Vital statistics of India. Vol. IV, Annual returns from 1871 to 1876. British Army of India, Native Army and jails of Bengal
Year: 1871
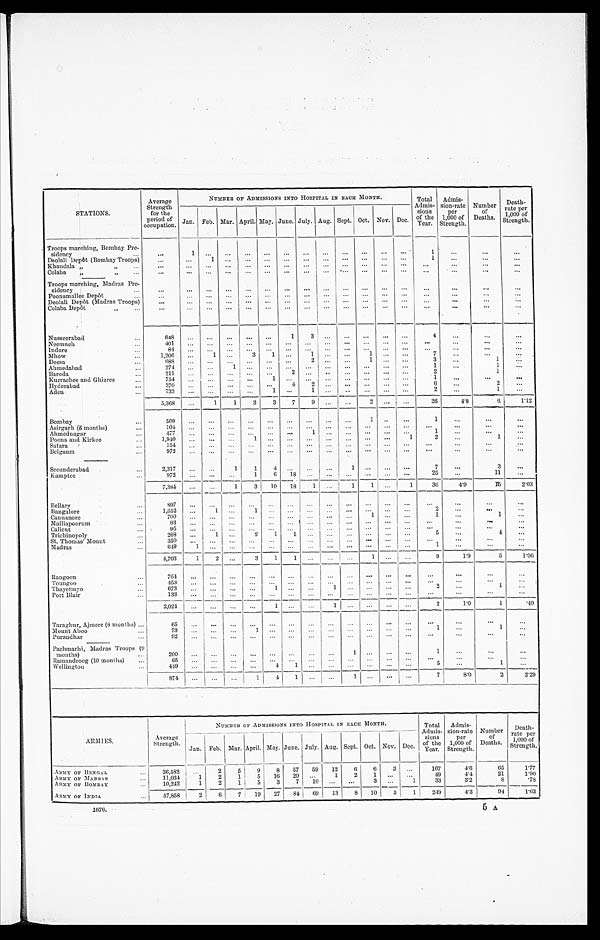
STATIONS.
Average
Strength
for the
period of
occupation.
NUMBER OF ADMISSIONS INTO HOSPITAL IN EACH MONTH.
Total
Admis-
sions
of the Y e a r .
Admis-
sion-rate
per
1 000 of
Strength.
Number
of
Deaths.
Death-rate per
1,000 of
Strength.
Jan. Feb. Mar. April. May. June. July. Aug. Sept. Oct. Nov. Dec.
Troops marching, Bombay Pre-
...
1
. . .
. . .
. . .
. . .
. . .
. . .
. . .
...
...
...
. . .
1
...
. . .
. . .
sidency
. . .
Deolali Depôt (Bombay Troops)
. . .
...
1
. . .
. . .
. . .
. . .
. . .
. . . ...
. . .
. . .
. . .
1
. . .
. . .
. . .
Khandala „
, , . . .
. . .
. . .
. . . . . .
. . .
. . .
. . .
. . .
. . .
. . .
. . .
. . .
. . .
. . .
. . .
. . .
. . .
Colaba ,, „
. . .
...
...
... ...
...
...
...
...
...
...
...
. . .
. . .
. . .
. . .
. . .
. . .
Troops marching, Madras Pre-
...
. . .
. . .
. . .
. . .
. . .
...
...
...
...
...
...
...
. . .
. . .
...
...
sidency
. . .
Poonamallee Depôt
...
...
...
. . .
. . .
. . .
. . . ...
...
...
...
...
...
...
. . .
. . .
...
. . .
Deolali Depôt (Madras Troops)
...
...
...
...
...
. . . . . .
. . .
. . . ...
. . . ...
...
. . .
. . .
. . .
. . .
Colaba Depôt
,,
...
. . .
. . .
. . .
...
..
...
...
...
...
...
...
. . .
...
. . .
. . .
. . .
...
Nusseerabad
. . .
648
. . .
. . .
. . .
. . .
. . .
1
3
. . .
. . .
. . .
. . .
. . .
4
...
...
. . .
Neemuch
. . .
401
. . .
. . .
. . .
. . .
. . .
. . .
. . .
. . .
. . .
. . .
. . .
. . . ...
. . .
. . .
. . .
Indore
. . .
84
...
. . .
. . .
. . .
. . . ...
...
...
...
. . .
. . .
. . .
. . .
. . .
. . .
. . .
Mhow
...
1,206
...
1 ...
3
1
. . .
1
. . . . . . ...
1
. . .
. . .
7
...
. . .
. . .
Deesa
. . .
688
. . . ...
...
...
. . .
. . .
2
. . .
. . .
1 ...
...
3
. . .
1
. . .
Ahmedabad
. . .
2 7 4
. . .
. . .
1
. . .
. . .
. . . ...
...
...
...
...
...
1
...
1
. . .
Baroda
...
211
. . .
. . . ...
...
...
2 ...
..
...
...
...
. . .
2
. . .
. . . 1
. . .
Kurrachee and Ghizree
...
754
. . . ...
...
. . .
1
. . .
. . .
. . .
. . .
. . .
. . .
. . .
1
. . .
...
. . .
Hyderabad
...
370
. . .
. . .
. . .
. . . ...
4
2
. . .
. . .
. . .
. . .
. . .
6
...
2
...
Aden
. . .
7 3 3
. . . . . .
. . .
. . .
1 ...
1
. . .
. . .
. . .
. . .
. . .
2
...
1
. . .
5,368
...
1
1
3
3
7
9 . . .
. . .
2 ...
...
26
4.8
6
1.12
Bombay
...
509
. . .
. . .
. . .
. . . ...
...
...
...
...
1
. . .
. . .
1
...
...
. . .
Asirgarh (5 months)
. . .
104
...
...
. . .
. . .
. . .
. . .
. . .
. . .
. . .
. . .
. . .
. . . . . .
...
. . .
. . .
Ahmednagar
. . .
4 7 7
. . .
. . .
. . .
. . .
. . .
. . .
1
. . . ...
. . .
. . .
. . .
1
. . .
...
. . .
Poona and Kirkee
. . .
1,940
. . ...
...
1 ...
. . . ...
. . .
. . . ... ...
1
2
...
1
. . .
Satara
...
154
. . . ...
...
...
...
. . .
. . .
. . .
. . .
. . .
. . .
. . . ...
. . .
...
. . .
Belgaum
. . .
9 7 2
. . .
. . .
. . .
. . .
. . .
. . .
. . .
. . .
. . .
. . .
. . .
. . . ...
...
...
. . .
Secunderabad
...
2,317
...
...
1
1
4
. . .
. . .
. . .
1
. . .
. . .
. . .
7
...
3
...
Kamptee
...
972
...
...
. . .
1
6 18
. . . ...
...
...
...
...
25
...
11
. . .
7,384
...
...
1
3
10
18
1
. . .
1
1
. . .
1
36
4.9
1 6
2.03
Bellary
...
897
...
...
...
. . . ...
...
...
...
...
...
...
...
. . .
. . .
. . .
. . .
Bangalore
1,652
...
1
. . .
1
. . .
. . .
. . .
. . . ...
...
...
...
2
. . .
. . .
. . .
Cannanore
700
. . .
. . .
. . .
. . .
. . .
. . .
. . .
. . .
. . .
1
. . .
. . .
1
...
1
. . .
Malliapoorum
. . .
93
...
. . .
. . .
. . .
. . .
. . .
. . .
. . .
. . .
. . .
. . .
. . . . . .
. . .
. . .
. . .
Calicut
. . .
95
. . .
. . .
. . .
. . .
. . .
. . .
. . .
. . .
. . .
. . .
. . .
. . . ...
...
. . .
. . .
Trichinopoly
. . .
268
...
1
. . .
2
1
1
. . .
. . .
. . .
. . .
. . .
. . .
5
...
4
...
St. Thomas' Mount
...
350
...
. . .
. . .
. . .
. . .
. . .
. . .
. . . ...
...
...
...
. . .
. . .
. . .
. . .
Madras
. . .
649
1
. . .
. . .
. . .
. . .
. . .
...
... ...
...
...
1 ...
...
...
4,703
1
2
. . .
3
1
1
. . .
. . .
. . .
1
. . .
. . .
9
1.9
5
1.06
Rangoon
...
764
. . .
. . .
. . .
. . .
. . .
. . .
. . .
. . .
. . .
. . .
. . .
. . . . . .
. . .
. . .
...
Toungoo
. . .
453
. . . ...
...
...
...
...
...
...
. . .
. . .
. . . ...
...
. . .
. . .
. . .
Thayetmyo
...
6 7 3
. . .
. . .
. . .
. . .
1
. . .
. . .
1
. . . ...
...
. . .
2
...
1
...
Port Blair
. . .
1 3 3
. . .
. . .
. . .
. . .
. . .
. . . ...
. . .
. . .
. . . ...
...
. . .
. . .
. . .
. . .
Taraghur, A,jmere (8 months) ...
2 , 0 2 4
. . .
. . . . . .
. . .
1
. . .
. . .
1
. . . .
. . .
. . .
. . .
2
1.0
1
.49
65
. . .
. . .
. . .
. . .
. . .
. . .
. . .
. . .
. . .
. . .
. . .
. . . ...
...
...
. . .
Mount Aboo
...
73
...
. . . ...
1
. . .
. . .
. . .
. . .
. . .
. . .
. . .
. . .
1
...
1
...
Purandhar
...
92
. . .
. . .
. . .
. . .
. . .
. . .
. . .
. . .
. . .
. . .
. . .
. . .
. . .
. . .
...
. . .
Pachmarhi, Madras Troops (9
200
...
. . .
...
...
...
...
...
...
1
. . .
. . .
. . .
1
. . .
. . .
. . .
months)
...
Ramandroog (10 months)
...
65
. . .
. . . ...
. . . ...
. . .
. . .
. . . ...
...
...
...
. . .
...
...
. . .
Wellington
...
449
...
. . .
. . .
. . .
4
1
. . .
. . .
. . .
. . .
. . .
. . .
5
...
1
. . .
874
. . .
. . .
. . .
1
4
1 ...
...
1
. . .
. . .
. . .
7
8.0
2
2.29
ARM I ES.
Average '
Strength.
NUMBER OF ADMISSIONS INTO HOSPITAL IN EACH MONTH.
Total
Admis-
sions
of the
Year.
Admis-
sion-rate
per
1000 of
Strength.
I Number
of
Deaths.
Death-
rate per
1 , 000 of
Strength.
Jan. Feb. Mar. April. May. June. July. Aug. Sept. Oct. Nov. Dec,
:\ RMY OF BENGAL
...
36,582
...
2
5
9
8
57
59
12
6
6
3 ...
167
4 . 6
65
1.17
ARMY OF MADRAS
. . .
11,034
1
2
1 i 5
16
20 ...
1
2
1
. . .
. . .
49
4.4
21
1.90
ARMY OF BOMBA.Y
10,242
1
2
1
5
3
7
10 ...
...
3
. . .
1
33
3'2
8
.78
1 ARMY OF INDIA
...
57,858
2
6
7
19
27
84 69
13
8
10
3
1
249
4.3
94
1.63
—
1 8 7 6 .
5 A